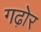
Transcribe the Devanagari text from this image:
गढ़ोर